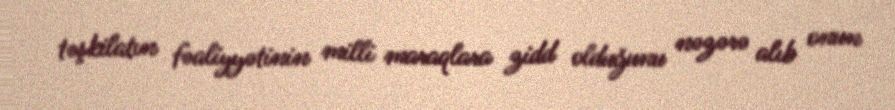
təşkilatın fəaliyyətinin milli maraqlara zidd olduğunu nəzərə alıb onun